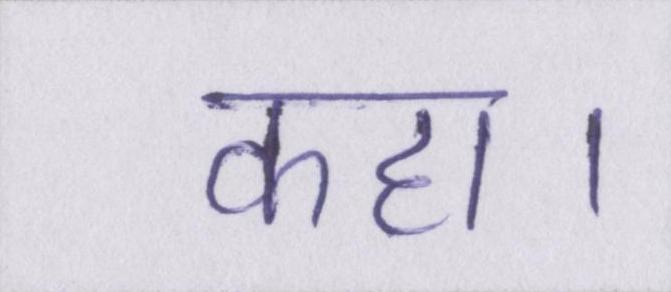
कहा।